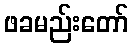
ဖခမည်းတော်